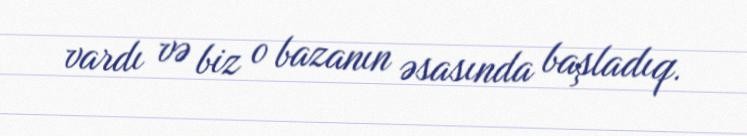
vardı və biz o bazanın əsasında başladıq.